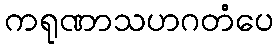
ကရုဏာသဟဂတံပေ